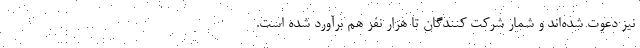
نیز دعوت شده‌اند و شمار شرکت کنندگان تا هزار نفر هم برآورد شده است.